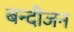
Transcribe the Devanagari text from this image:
बन्दीजन